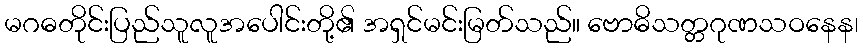
မဂဓတိုင်းပြည်သူလူအပေါင်းတို့၏ အရှင်မင်းမြတ်သည်။ ဗောဓိသတ္တဂုဏသဝနေန၊